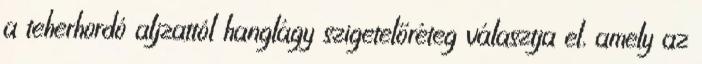
a teherhordó aljzattól hanglágy szigetelőréteg választja el, amely az